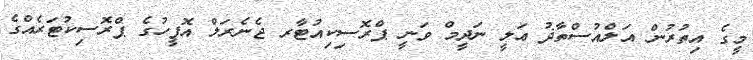
މީގެ އިތުރުން އަލްއުސްތާޛު ޢަލީ ނަދީމް ވަނީ ޕްރޮސިކިއުޓާރ ޖެނެރަލް އޮފީހުގެ ޕްރޮސިކުޓަރެއްގެ